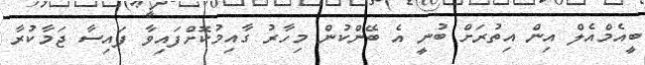
ބީއެމްއެލް އިން އިތުރަށް ބުނީ އެ ބޭންކުން މިހާރު ގާއިމުކޮށްފައިވާ ފައިސާ ޖަމާކުރާ